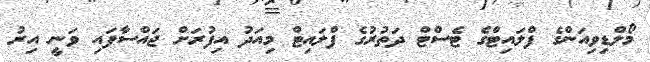
މޯލްޑިވިއަންގެ ފްލައިޓްގެ ޓެސްޓް ދަތުރުގެ ފްލައިޓް މިއަދު އިފުރަށް ޖައްސާފައި ވަނީ އިރު